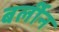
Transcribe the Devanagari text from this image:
बर्लीन